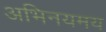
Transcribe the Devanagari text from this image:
अभिनयमय